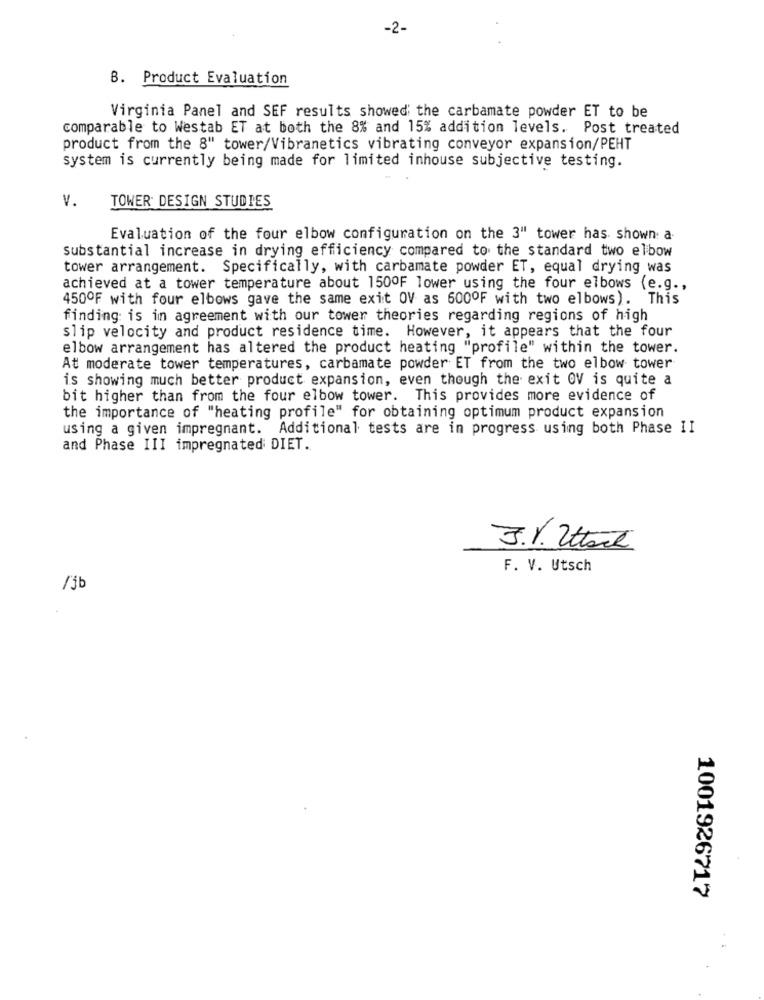
-2-
B. Product Evaluation
Virginia Panel and SEF results showed the carbamate powder ET to be
comparable to Westab ET at both the 8% and 15% addition levels. Post treated
product from the 8" tower/Vibranetics vibrating conveyor expansion/PEHT
system is currently being made for limited inhouse subjective testing.
V.
TOWER DESIGN STUDIES
Evaluation of the four elbow configuration on the 3" tower has shown a-
substantial increase in drying efficiency compared to the standard two elbow
tower arrangement. Specifically, with carbamate powder ET, equal drying was
achieved at a tower temperature about 150OF lower using the four elbows (e.g .,
450OF with four elbows gave the same exit OV as 600ºF with two elbows). This
finding is in agreement with our tower theories regarding regions of high
slip velocity and product residence time. However, it appears that the four
elbow arrangement has altered the product heating "profile" within the tower.
At moderate tower temperatures, carbamate powder ET from the two elbow tower
is showing much better product expansion, even though the exit OV is quite a
bit higher than from the four elbow tower. This provides more evidence of
the importance of "heating profile" for obtaining optimum product expansion
using a given impregnant. Additional tests are in progress using both Phase II
and Phase III impregnated DIET.
3.V. Ittook
F. V. Utsch
/3b
1001926717